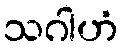
သဂါဟံ